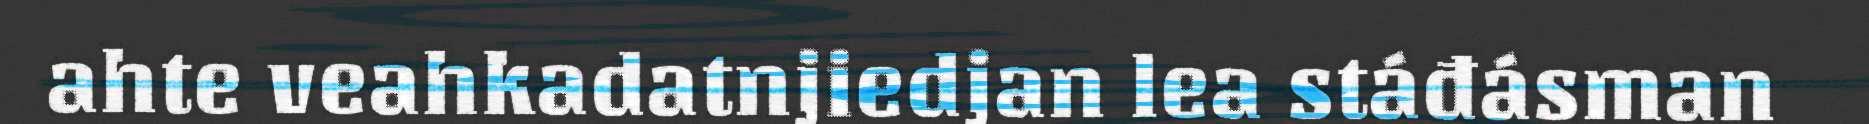
ahte veahkadatnjiedjan lea stáđásman